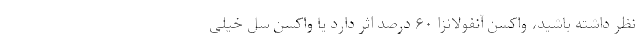
نظر داشته باشید، واکسن آنفولانزا ۶۰ درصد اثر دارد یا واکسن سل خیلی